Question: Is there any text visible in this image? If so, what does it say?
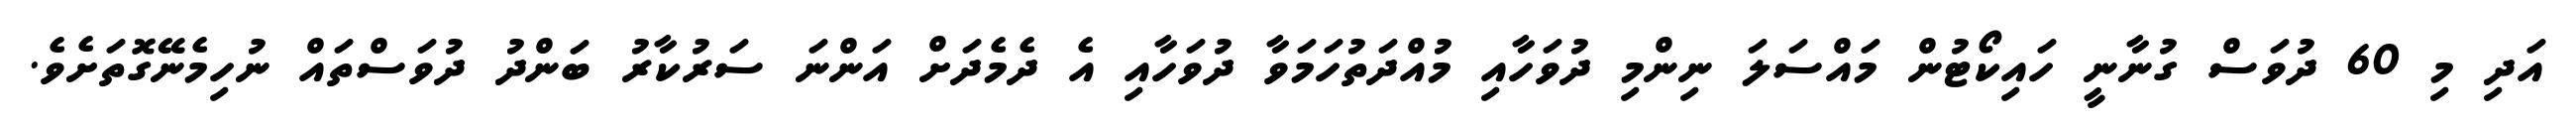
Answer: އަދި މި 60 ދުވަސް ގުނާނީ ހައިކޯޓުން މައްސަލަ ނިންމި ދުވަހާއި މުއްދަތުހަމަވާ ދުވަހާއި އެ ދެމެދަށް އަންނަ ސަރުކާރު ބަންދު ދުވަސްތައް ނުހިމެނޭގޮތަށެވެ.